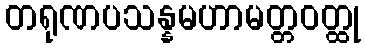
တရုဏပသန္နမဟာမတ္တဝတ္ထု